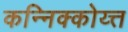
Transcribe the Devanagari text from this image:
कन्निक्कोय्त्त